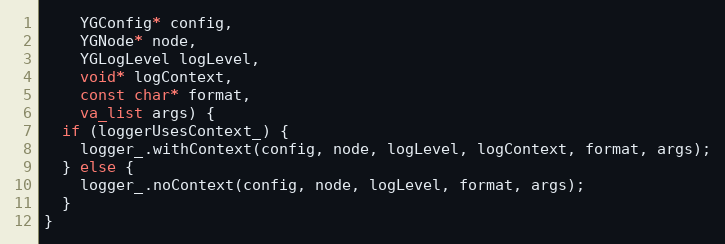
Language: C++
    YGConfig* config,
    YGNode* node,
    YGLogLevel logLevel,
    void* logContext,
    const char* format,
    va_list args) {
  if (loggerUsesContext_) {
    logger_.withContext(config, node, logLevel, logContext, format, args);
  } else {
    logger_.noContext(config, node, logLevel, format, args);
  }
}